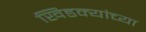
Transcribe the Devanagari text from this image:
खिडक्यांच्या